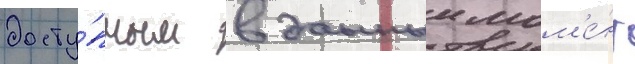
досту́пным в данныи мом'е́нт